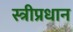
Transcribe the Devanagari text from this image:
स्त्रीप्रधान